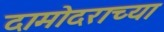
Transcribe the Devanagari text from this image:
दामोदराच्या